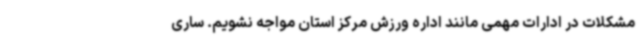
مشکلات در ادارات مهمی مانند اداره ورزش مرکز استان مواجه نشویم. ساری